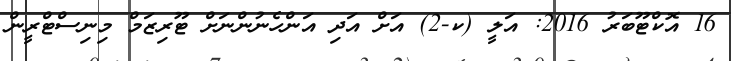
16 އޮކްޓޫބަރު 2016: އަލީ (ކ-2) އަށް އަދި އަންހެނުންނަށް ޓޫރިޒަމް މިނިސްޓްރީން